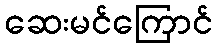
ဆေးမင်ကြောင်